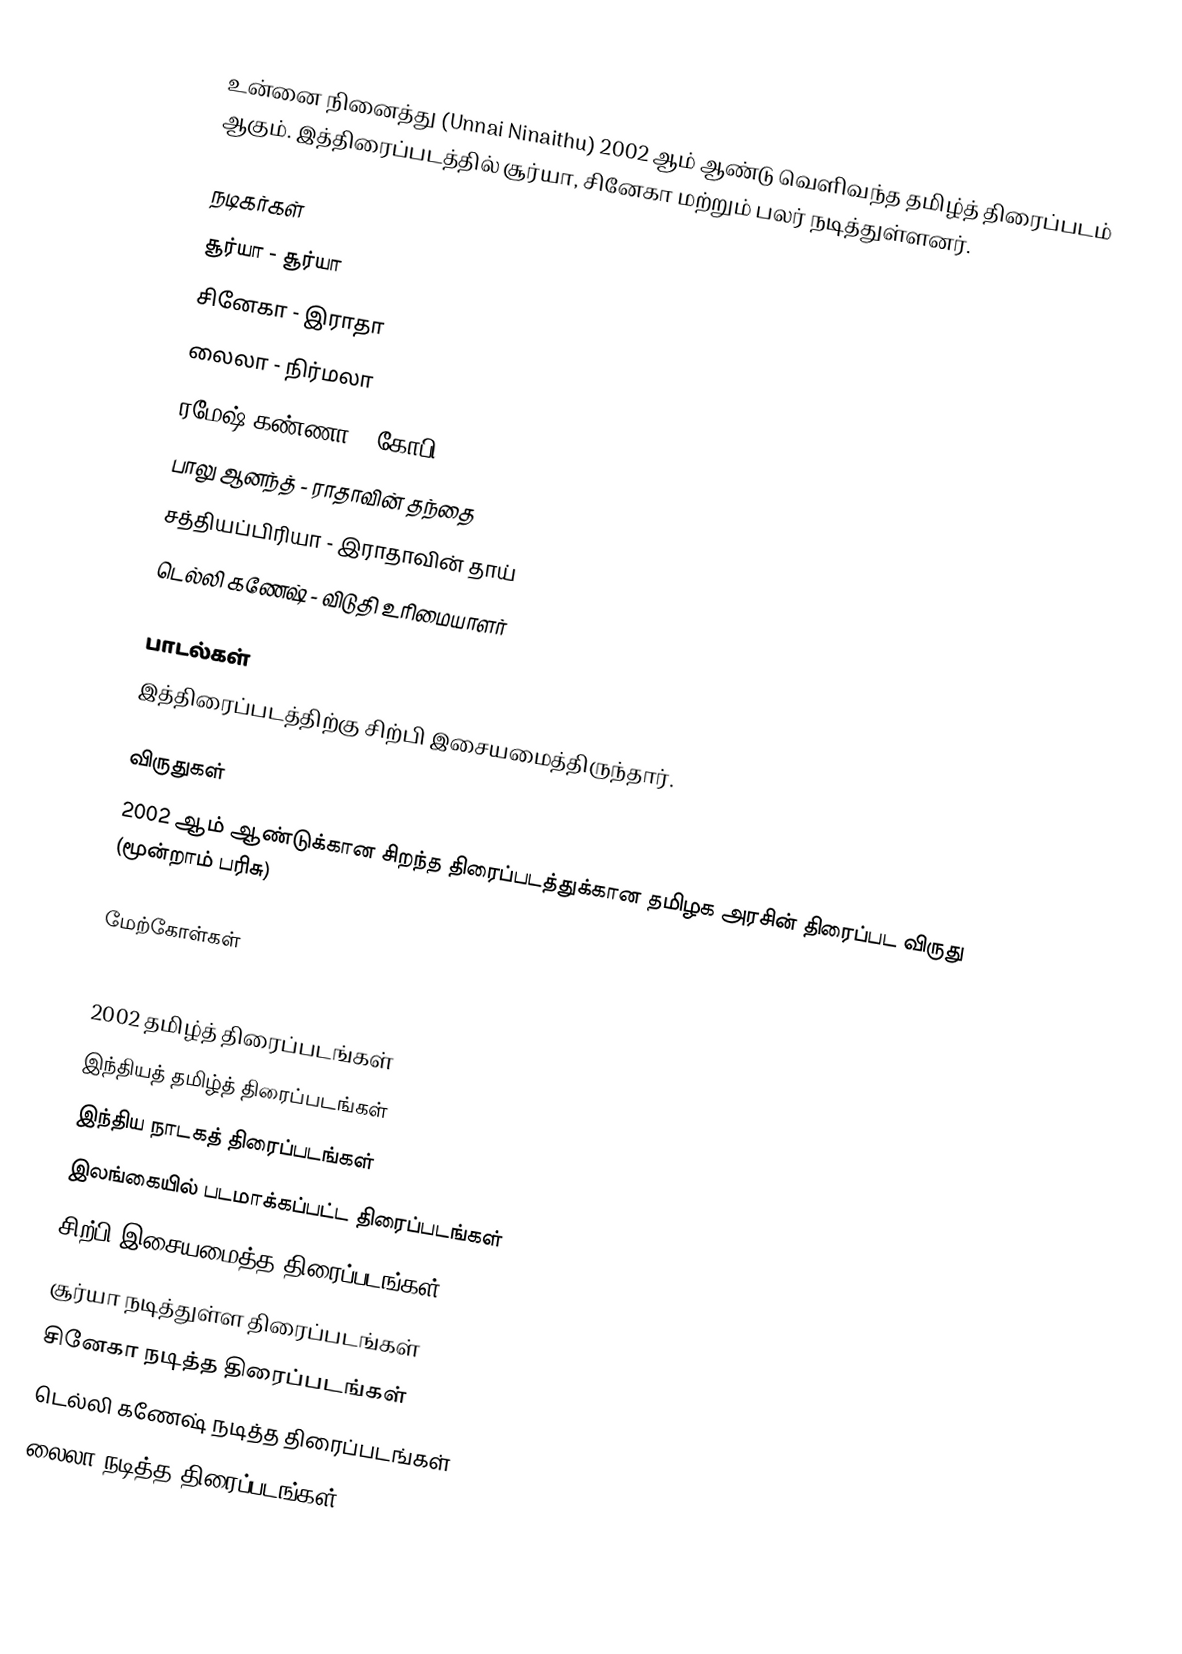
உன்னை நினைத்து (Unnai Ninaithu) 2002 ஆம் ஆண்டு வெளிவந்த தமிழ்த் திரைப்படம் ஆகும். இத்திரைப்படத்தில் சூர்யா, சினேகா  மற்றும் பலர் நடித்துள்ளனர்.

நடிகர்கள்
 சூர்யா - சூர்யா
 சினேகா - இராதா
 லைலா - நிர்மலா
 ரமேஷ் கண்ணா - கோபி
 பாலு ஆனந்த் - ராதாவின் தந்தை
 சத்தியப்பிரியா - இராதாவின் தாய்
 டெல்லி கணேஷ் - விடுதி உரிமையாளர்

பாடல்கள்
இத்திரைப்படத்திற்கு சிற்பி இசையமைத்திருந்தார்.

விருதுகள்
 2002 ஆம் ஆண்டுக்கான சிறந்த திரைப்படத்துக்கான தமிழக அரசின் திரைப்பட விருது (மூன்றாம் பரிசு)

மேற்கோள்கள்

2002 தமிழ்த் திரைப்படங்கள்
இந்தியத் தமிழ்த் திரைப்படங்கள்
இந்திய நாடகத் திரைப்படங்கள்
இலங்கையில் படமாக்கப்பட்ட திரைப்படங்கள்
சிற்பி இசையமைத்த திரைப்படங்கள்
சூர்யா நடித்துள்ள திரைப்படங்கள்
சினேகா நடித்த திரைப்படங்கள்
டெல்லி கணேஷ் நடித்த திரைப்படங்கள்
லைலா நடித்த திரைப்படங்கள்